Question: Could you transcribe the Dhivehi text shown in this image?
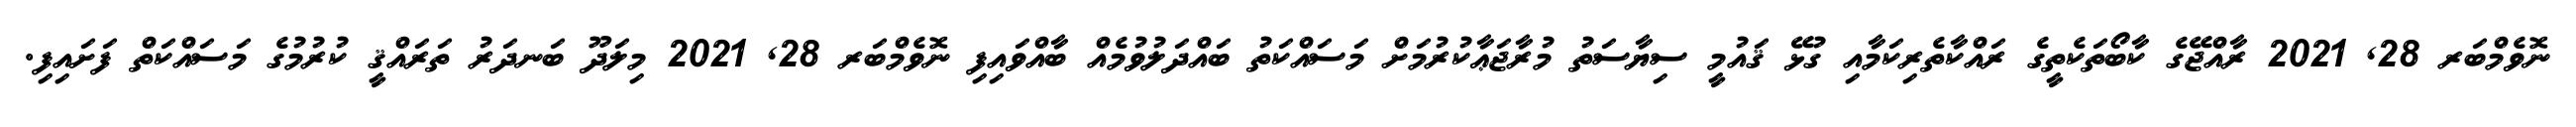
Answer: ނޮވެމްބަރ 28, 2021 ރާއްޖޭގެ ކާބޯތަކެތީގެ ރައްކާތެރިކަމާއި ގުޅޭ ޤައުމީ ސިޔާސަތު މުރާޖަޢާކުރުމަށް މަސައްކަތު ބައްދަލުވުމެއް ބާއްވައިފި ނޮވެމްބަރ 28, 2021 މިލަދޫ ބަނދަރު ތަރައްޤީ ކުރުމުގެ މަސައްކަތް ފަށައިފި.